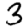
Digit: 3